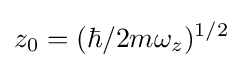
z_{0}=(\hbar /2m\omega _{z})^{1/2}